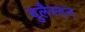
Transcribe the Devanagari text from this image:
बुलैस्टन